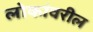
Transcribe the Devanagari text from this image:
लोकांवरील